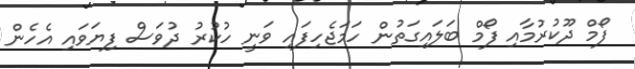
ފޯމް ދޫކުރުމާއި ފޯމް ބަލައިގަތުން ހަމަޖެހިފައި ވަނީ ހުކުރު ދުވަސް ފިޔަވައި އެހެން